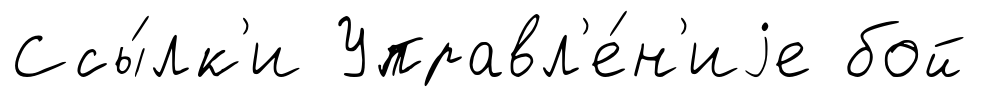
Ссы́лк'и Управл'е́н'иjе бой